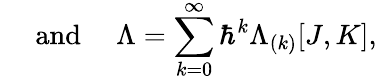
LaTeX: \mathrm{~~~~~and~~~~~}\Lambda=\sum_{k=0}^{\infty}\hbar^{k}\Lambda_{(k)}[J,K],